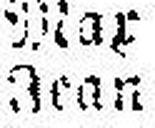
Jean